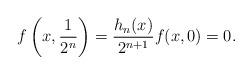
LaTeX: \begin{align*}f\left(x,\frac{1}{2^n}\right)=\frac{h_n(x)}{2^{n+1}} f(x,0)=0.\end{align*}